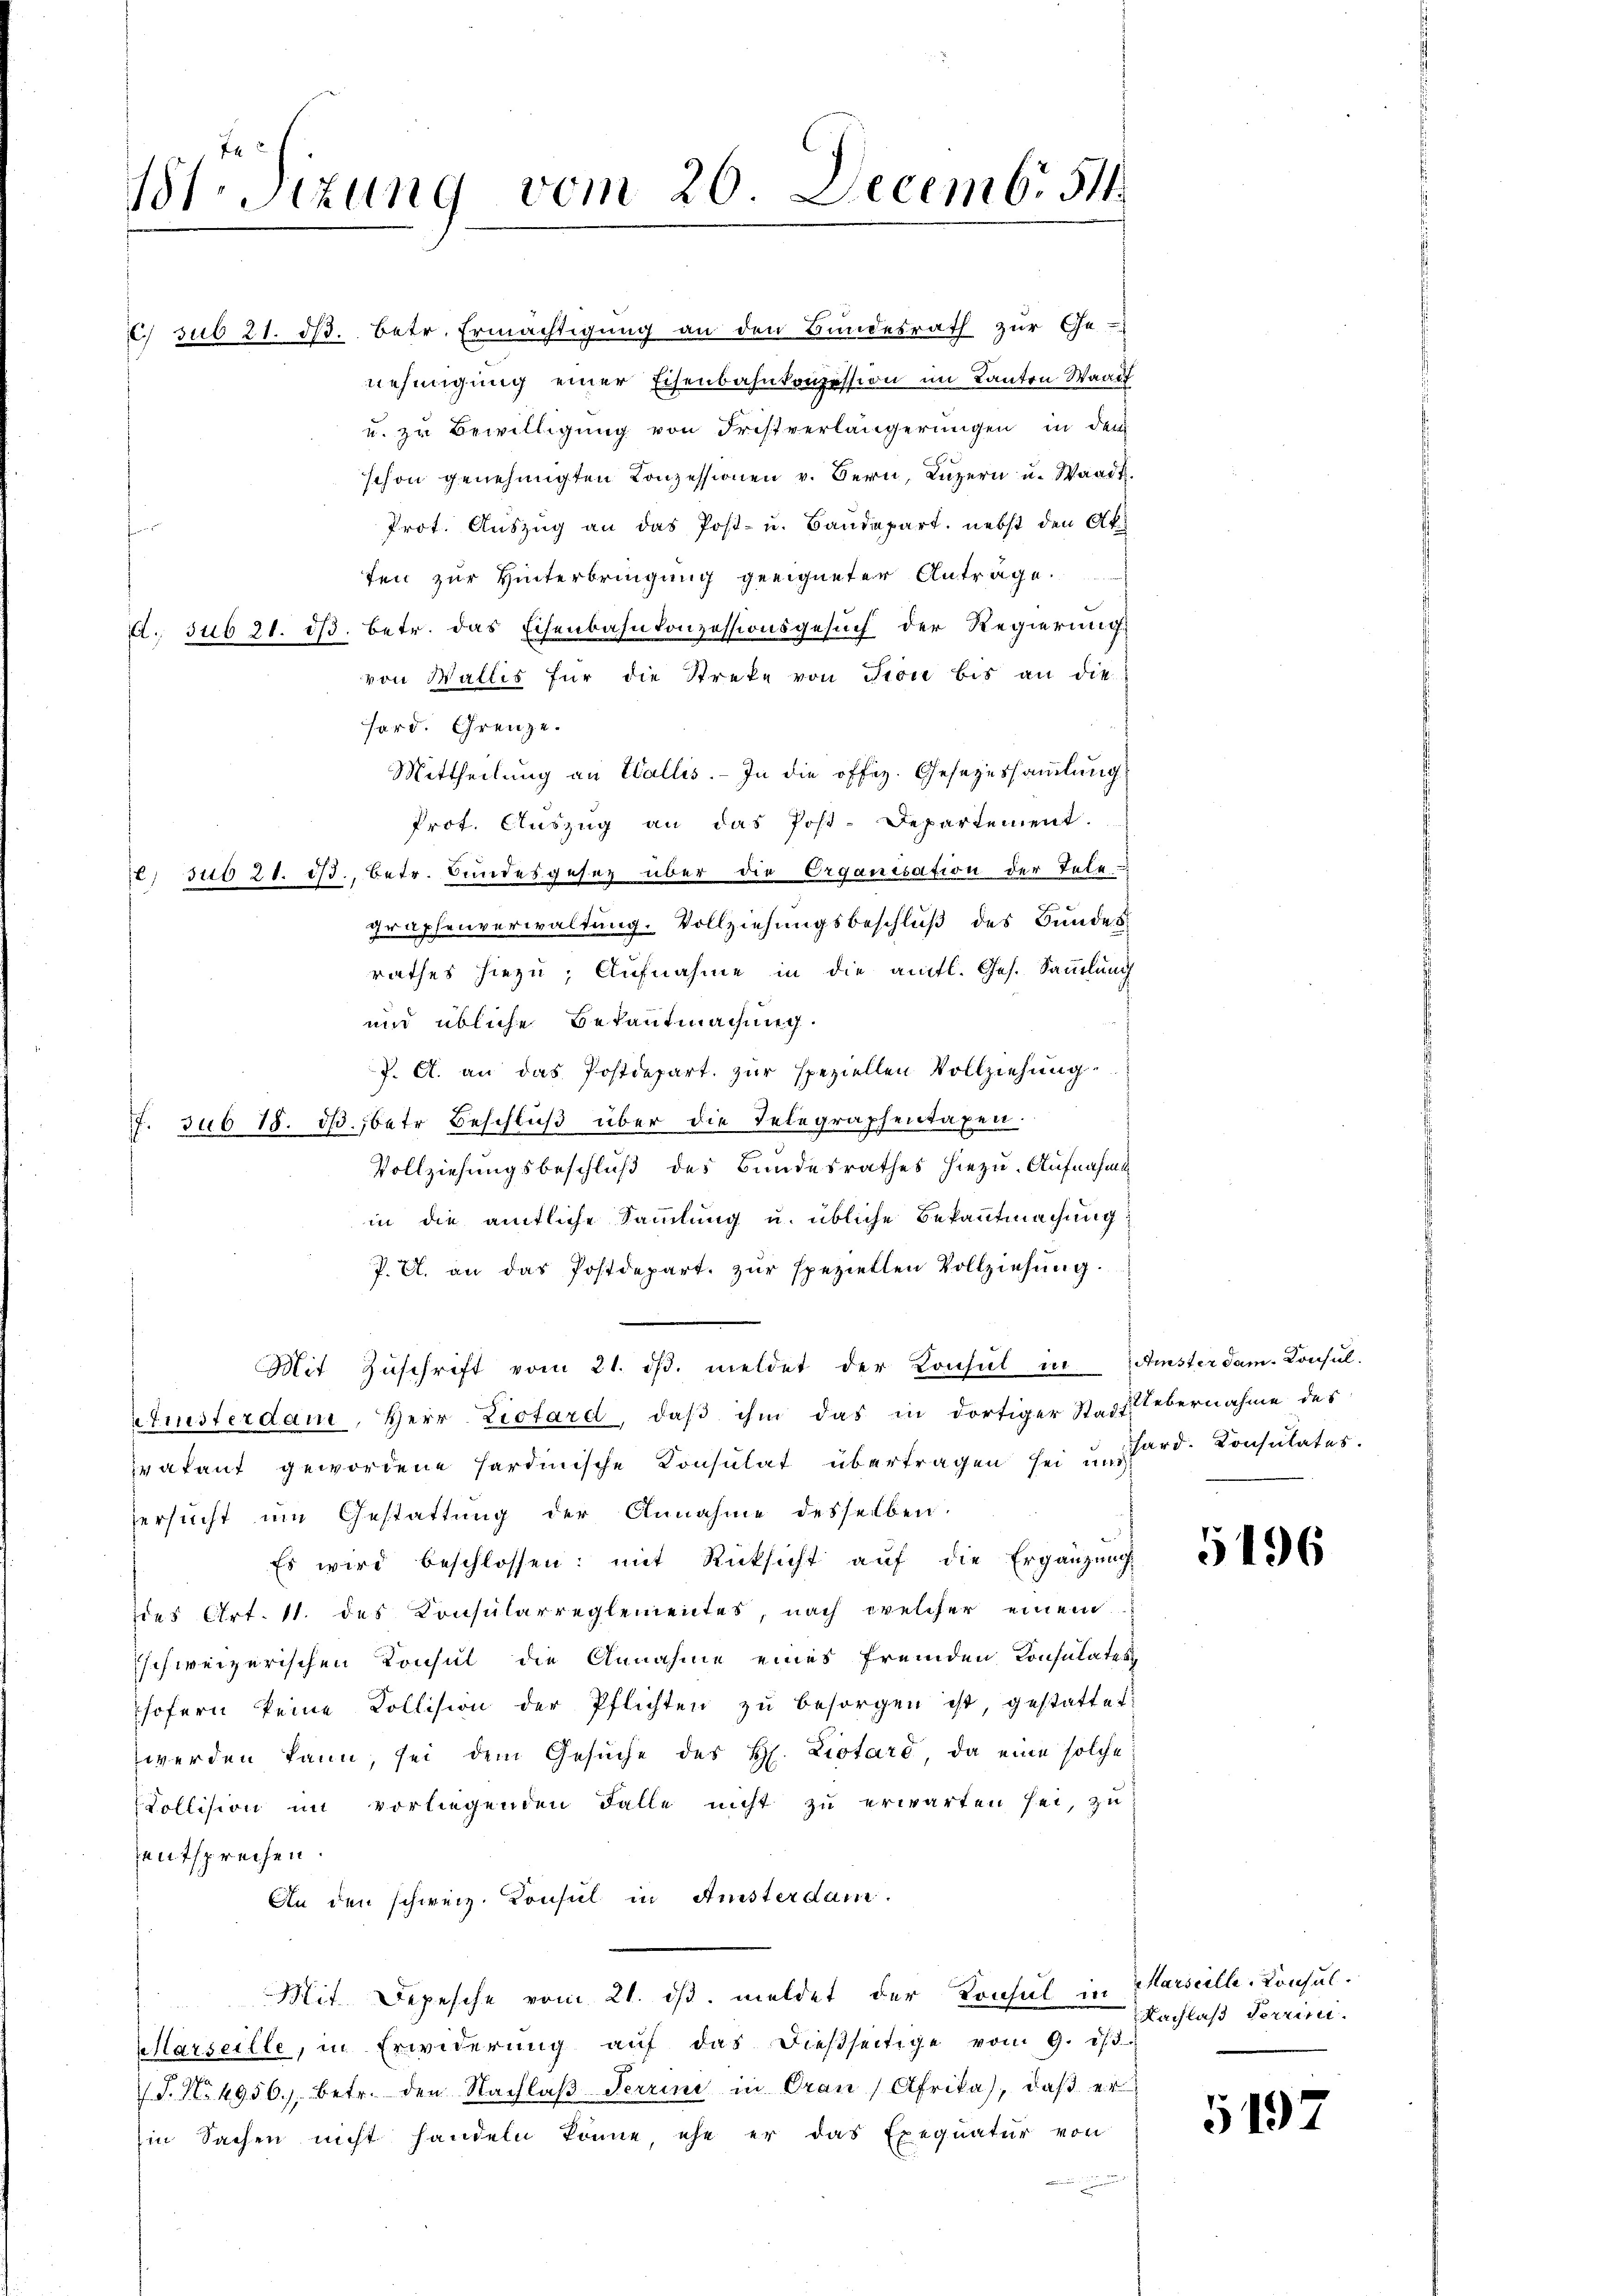
t.Sizung vom 20. Decemb. 511.

c. sub 21. ds. betr. Ermächtigung an den Bundesrath zur Ge-
nehmigung einer Eisenbahnkonzession im Kanton Waadt
u. zu Bewilligung von Fristverlängerungen in dem
schon genehmigten Konzessionen v. Bern, Luzern u. Waadt.
Prot. Auszug an das Post- u. Baudepart, nebst den Ak
ten zur Hinterbringung geeigneter Antrage.
. sub 21. ds. betr. das Eisenbahnkonzessionsgesuch der Regierung
von Wallis für die Streke von Pion bis an die
hard. Grenze.
Mittheilung an Wallis. - In die offiz. Gesezessammlung
Prot. Auszug an das Post-Departement.
) sub 21. 173., betr. Bundesgesetz über die Organisation der Tele-
graphenverwaltung. Vollziehungsbeschluß des Bundesrathes hiezu; Aufnahme in die amtl. Ges. Sammlung
und übliche Bekantmachung.
J. A. an das Postdepart zur speziellen Vollziehung
7. sub 18. dβ. betr. Beschlŭβ über die Telegraphentaxen.
Vollziehungsbeschluß des Bundesrathes hiezu. Aufnahme
in die amtliche Sammlung u. übliche Bekanntmachung
P. Cl. an das Postdepart zur speziellen Vollziehung.
Mit Zŭschrift vom 21. dβ. meldet der Konsul in Zinsterdam. Consul-
Pfisterdam, Herr Zietard, daß ihm das in dortiger Stadt übernahme des
vakant gewordene Hardinische Konsulat übertragen sei u. ord. Konsulates.
ersucht um Gestattung der Annahme desselben.
Es wird beschlossen: mit Rücksicht aŭf die Ergänzŭng
der Art. 11. des Konsularreglementes, nach welcher einem
schweizerischen Konsul die Annahme eines fremden Konsulates
sofern keine Kollision der Pflichten zŭ besorgen ist, gestattet
werden kann, sei dem Gesŭche des H. Liotaro, da eine solche
Kollision im vorliegenden Falle nicht zu erwarten sei, zu
entsprechen.
An den schweiz. Konsul in Ansterdam.
Mit Depesche vom 21. ds. meldet der Konsul in Marseille-Konsul¬
Marseille, in Erwiderŭng aŭf das dießseitige vom 9. ist.
T. No. 4956, betr. den Nachlaβ Terrini in Oran) Afrika), daβ er
Ein Sachen nicht handeln könne, ehe er das Exequatur von

5196

Nachlaß derrin.

5192